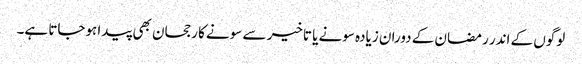
لوگوں کے اندر رمضان کے دوران زیادہ سونے یا تاخیر سے سونے کا رجحان بھی پیدا ہوجاتا ہے۔